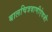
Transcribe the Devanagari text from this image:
बालचित्रवाणीऐवजी